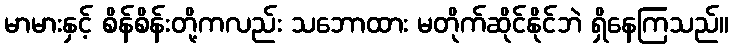
မာမားနှင့် စိန်စိန်းတို့ကလည်း သဘောထား မတိုက်ဆိုင်နိုင်ဘဲ ရှိနေကြသည်။